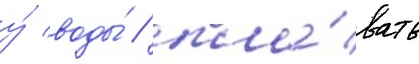
у́ воды́ / пла́вать